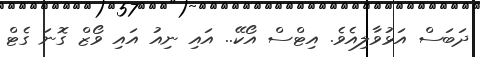
ދަބަސް އަޅުވާލިއެވެ. އިޓްސް އޯކޭ.. އައި ނިއު އައި ވޯޒް ގޮނަ ގެޓް